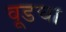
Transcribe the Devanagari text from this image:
वूडचा